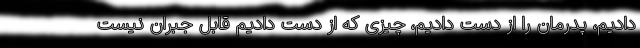
دادیم، پدرمان را از دست دادیم، چیزی که از دست دادیم قابل جبران نیست